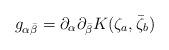
LaTeX: \begin{align*}g_{\alpha \bar{\beta}} = \partial_\alpha\partial_{\bar{\beta}}K(\zeta_a,\bar{\zeta}_b) \end{align*}